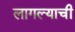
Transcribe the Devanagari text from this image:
लागल्याची